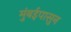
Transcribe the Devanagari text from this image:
मुंबईपासुन